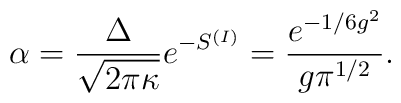
\alpha= \frac{\Delta}{\sqrt{2\pi\kappa}} e^{-S^{(I)}} =\frac{e^{-1/6g^2}}{g\pi^{1/2}}.